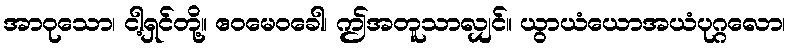
အာဝုသော၊ ငါ့ရှင်တို့။ ဧဝမေဝခေါ၊ ဤအတူသာလျှင်။ ယွာယံယောအယံပုဂ္ဂလော၊